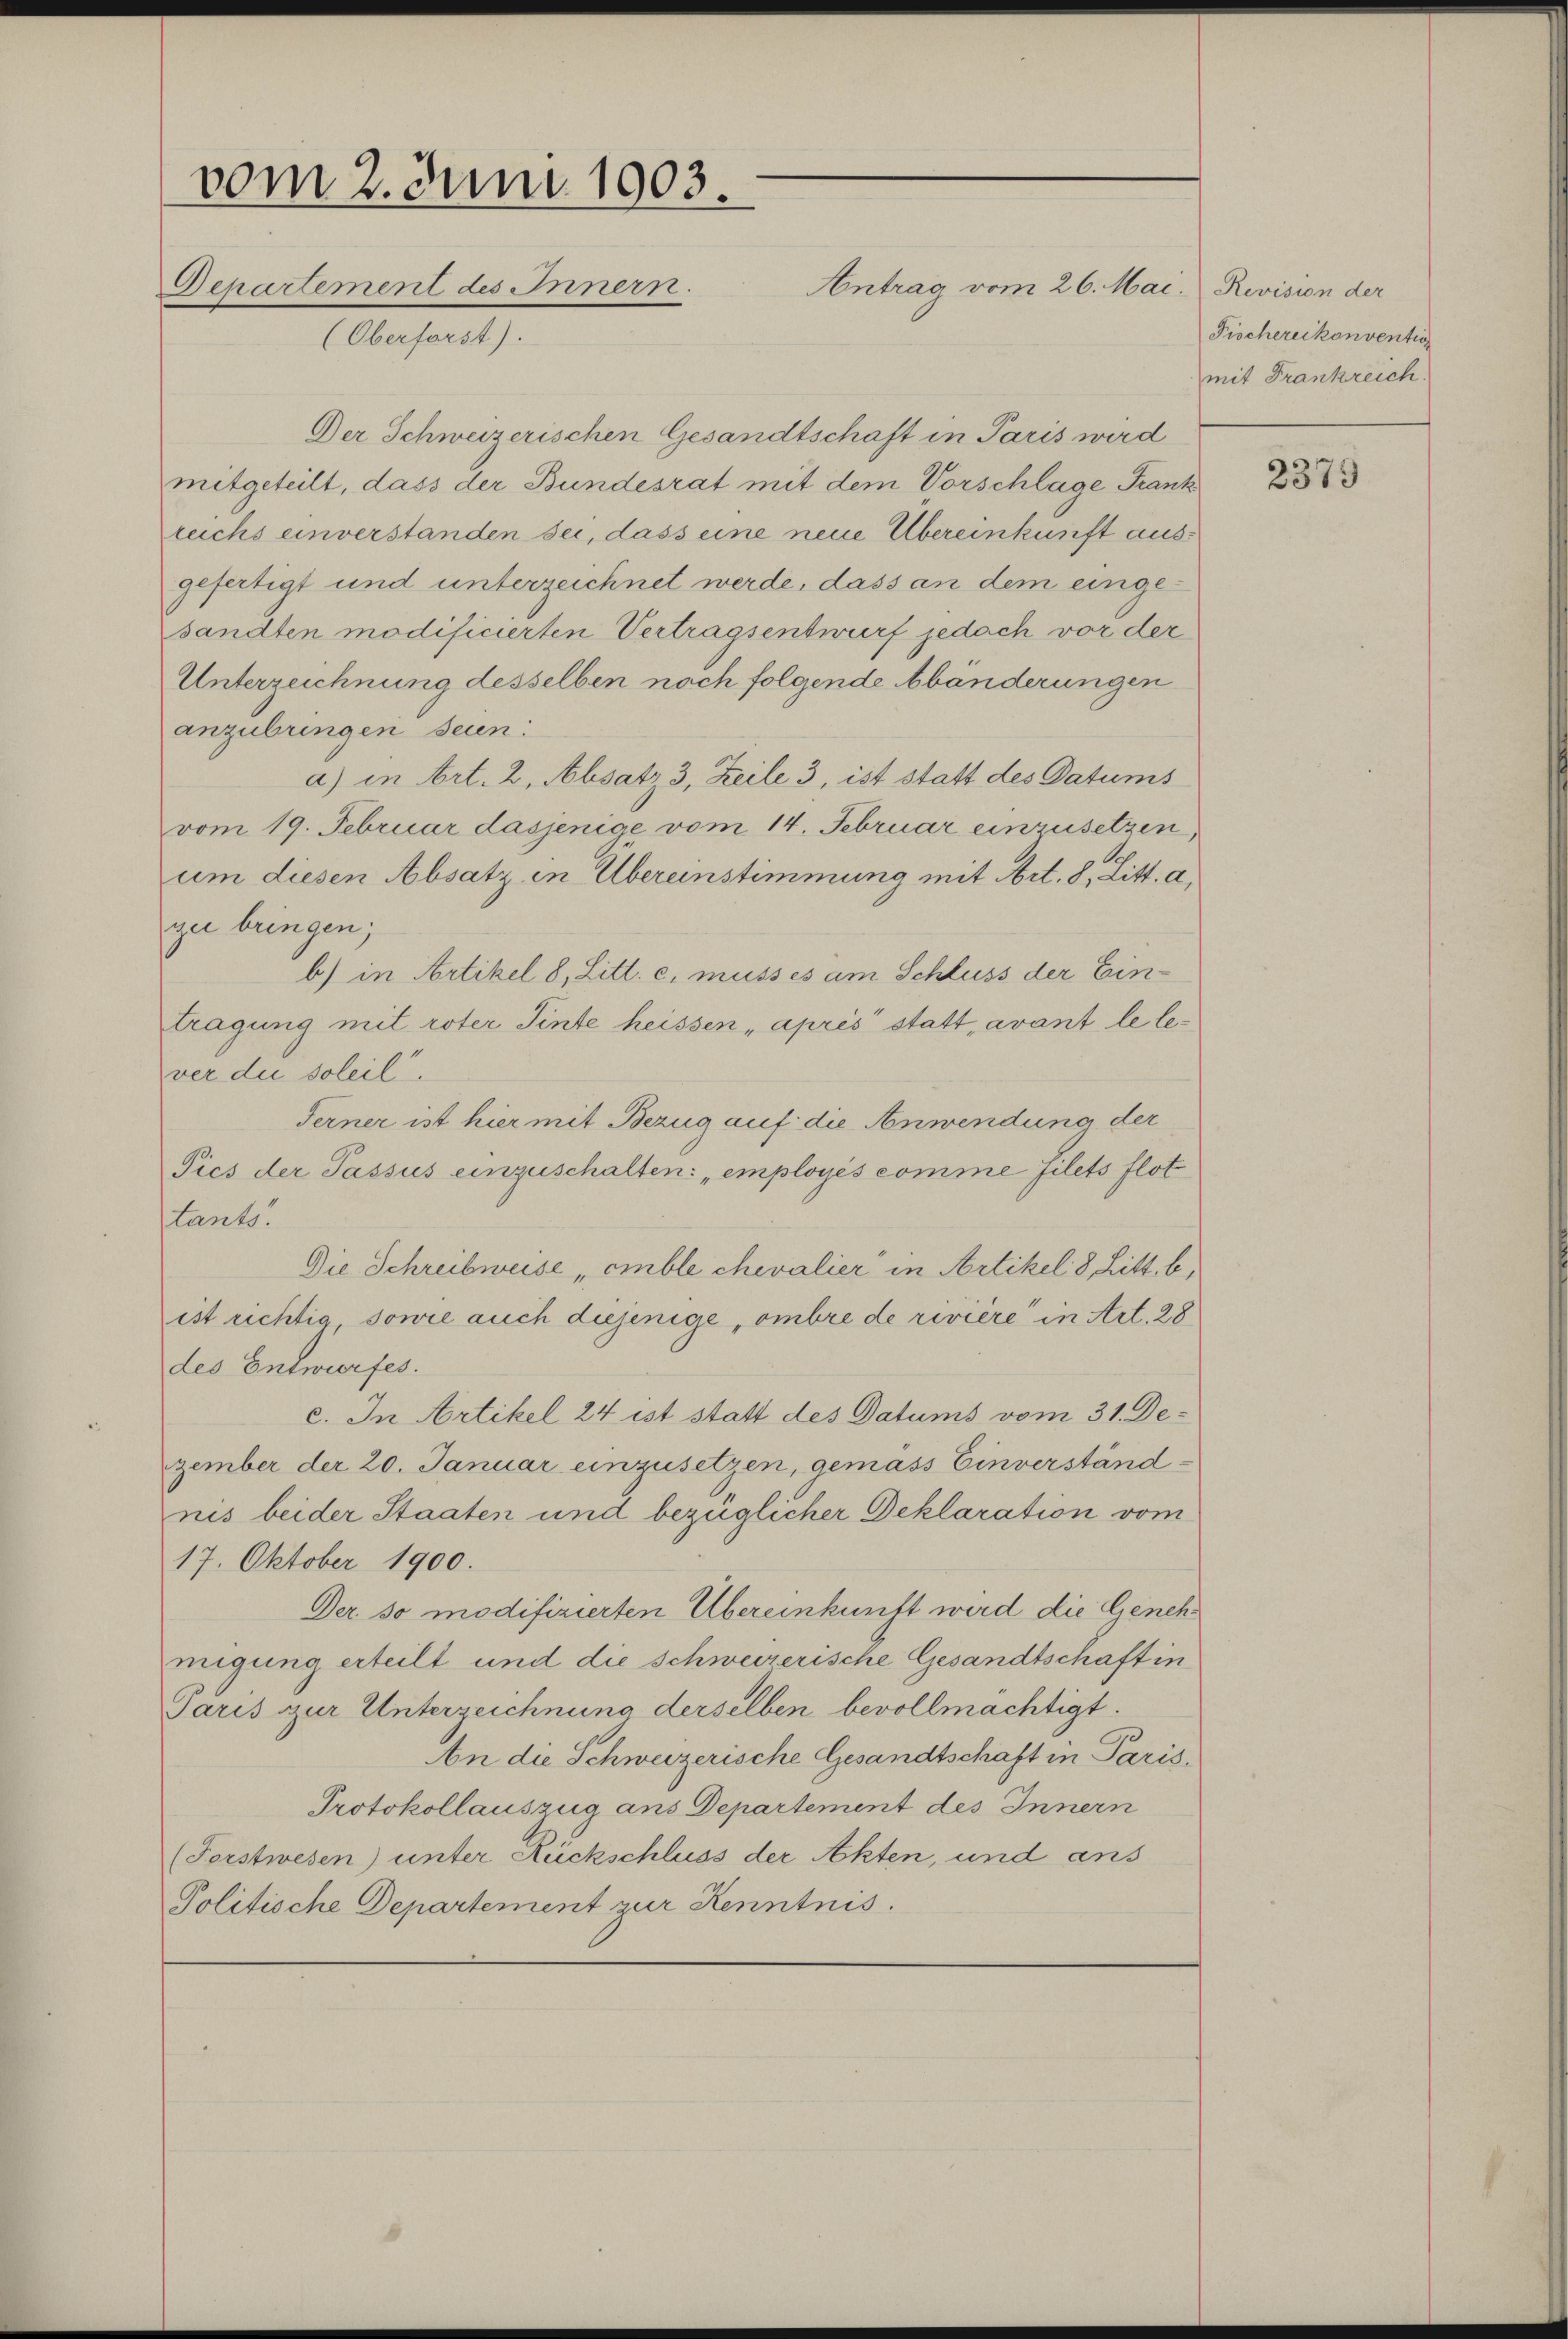
vom 2. Juni 1903.
Separtement des Innern.
Antrag vom 26. Mai. Revision der
(Oberforst).

Der Schweizerischen Gesandtschaft in Paris wird
mitgeteilt, dass der Bundesrat mit dem Vorschlage Frank
reichs einverstanden sei, dass eine neue Übereinkunft ausgefertigt und unterzeichnet werde, dass an dem eingesandten modificierten Vertragsentwurf jedoch vor der
Unterzeichnung desselben noch folgende Abänderungen
anzubringen seien:
a) in Art. 2, Absatz 3, Zeile 3, ist statt des Datums
vom 19. Februar dasjenige vom 14. Februar einzusetzen,
um diesen Absatz in Übereinstimmung mit Art. 8, Litt. a,
gei bringen;
b) in Artikel 8 Litt. c. müsses am Schluss der Eintragung mit roter Tinte heissen „après statt, avant le lever die soleil.
Ferner ist hier mit Bezug auf die Anwendung der
Pics der Passus einzuschalten: „employés comme filets flot
Lants.
Die Schreibweise „einble chevalier in Artikel 8 Litt. b,
ist richtig, sowie auch diejenige, ombre de rivière in Art. 28
des Entwurfes.
c. In Artikel 24 ist statt des Datums vom 31. Dezember der 20. Januar einzusetzen, gemass Einverständ
nis beider Staaten und bezüglicher Deklaration vom
17. Oktober 1900.
Der so modifizierten Übereinkunft wird die Genehmigung erteilt und die schweizerische Gesandtschaft in
Paris zur Unterzeichnung derselben bevollmächtigt.
An die Schweizerische Gesandtschaft in Paris.
Protokollauszug ans Departement des Innern
(Forstwesen) unter Rückschluss der Akten, und ans
Politische Departement zur Kenntnis.

Fischereikonvention
mit Frankreich.

2375